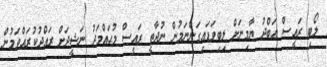
ލޯބި ރައީސް ޢަބްދު ޔާމިނަށް ލިބިވަޑައިގަންނަމުން ނުދާތީ ރައީސް މުޙައްމަދު ނަޝީދަށް ރައްދުކުރައްވަމުން